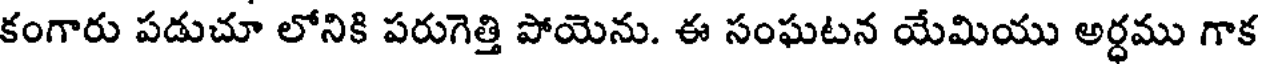
కంగారు పడుచూ లోనికి పరుగెత్తి పోయెను. ఈ సంఘటన యేమియు అర్ధము గాక